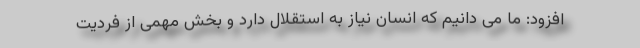
افزود: ما می دانیم که انسان نیاز به استقلال دارد و بخش مهمی از فردیت